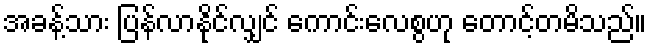
အခန့်သား ပြန်လာနိုင်လျှင် ကောင်းလေစွဟု တောင့်တမိသည်။